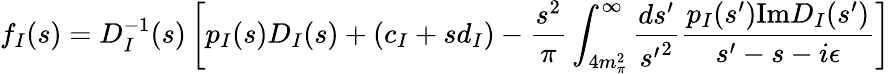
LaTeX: f_{I}(s)=D_{I}^{-1}(s)\left[p_{I}(s)D_{I}(s)+(c_{I}+sd_{I})-{\frac{s^{2}}{\pi}}\int_{4m_{\pi}^{2}}^{\infty}{\frac{ds^{\prime}}{{s^{\prime}}^{2}}}{\frac{p_{I}(s^{\prime})\mathrm{Im}D_{I}(s^{\prime})}{s^{\prime}-s-i\epsilon}}\right]